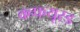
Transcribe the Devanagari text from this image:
क्न्फयूस्ड